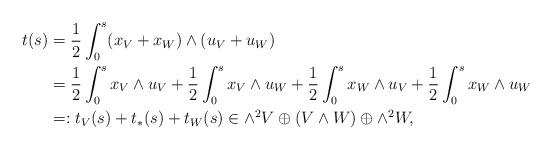
LaTeX: \begin{align*} \begin{aligned} t(s)&=\frac 12\int_0^s (x_V +x_W)\wedge (u_V+u_W) \\& = \frac 12\int_0^s x_V \wedge u_V + \frac 12\int_0^s x_V \wedge u_W + \frac 12\int_0^s x_W\wedge u_V +\frac 12 \int_0^s x_W\wedge u_W \\& =: t_V(s)+ t_{*}(s)+ t_W(s) \in\wedge^2 V \oplus (V\wedge W)\oplus \wedge^2 W,\end{aligned}\end{align*}